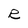
Character: R